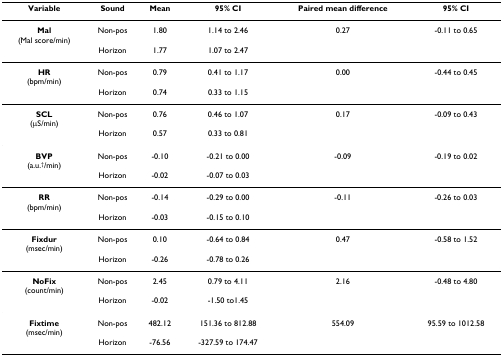
<table><thead><tr><td><b>Variable</b></td><td><b>Sound</b></td><td><b>Mean</b></td><td><b>95% CI</b></td><td><b>Paired mean difference</b></td><td><b>95% CI</b></td></tr></thead><tbody><tr><td><b>Mal</b>(Mal score/min)</td><td>Non-pos</td><td>1.80</td><td>1.14 to 2.46</td><td>0.27</td><td>-0.11 to 0.65</td></tr><tr><td></td><td>Horizon</td><td>1.77</td><td>1.07 to 2.47</td><td></td><td></td></tr><tr><td><b>HR</b>(bpm/min)</td><td>Non-pos</td><td>0.79</td><td>0.41 to 1.17</td><td>0.00</td><td>-0.44 to 0.45</td></tr><tr><td></td><td>Horizon</td><td>0.74</td><td>0.33 to 1.15</td><td></td><td></td></tr><tr><td><b>SCL</b>(μS/min)</td><td>Non-pos</td><td>0.76</td><td>0.46 to 1.07</td><td>0.17</td><td>-0.09 to 0.43</td></tr><tr><td></td><td>Horizon</td><td>0.57</td><td>0.33 to 0.81</td><td></td><td></td></tr><tr><td><b>BVP</b>(a.u.<sup>†</sup>/min)</td><td>Non-pos</td><td>-0.10</td><td>-0.21 to 0.00</td><td>-0.09</td><td>-0.19 to 0.02</td></tr><tr><td></td><td>Horizon</td><td>-0.02</td><td>-0.07 to 0.03</td><td></td><td></td></tr><tr><td><b>RR</b>(bpm/min)</td><td>Non-pos</td><td>-0.14</td><td>-0.29 to 0.00</td><td>-0.11</td><td>-0.26 to 0.03</td></tr><tr><td></td><td>Horizon</td><td>-0.03</td><td>-0.15 to 0.10</td><td></td><td></td></tr><tr><td><b>Fixdur</b>(msec/min)</td><td>Non-pos</td><td>0.10</td><td>-0.64 to 0.84</td><td>0.47</td><td>-0.58 to 1.52</td></tr><tr><td></td><td>Horizon</td><td>-0.26</td><td>-0.78 to 0.26</td><td></td><td></td></tr><tr><td><b>NoFix</b>(count/min)</td><td>Non-pos</td><td>2.45</td><td>0.79 to 4.11</td><td>2.16</td><td>-0.48 to 4.80</td></tr><tr><td></td><td>Horizon</td><td>-0.02</td><td>-1.50 to1.45</td><td></td><td></td></tr><tr><td><b>Fixtime</b>(msec/min)</td><td>Non-pos</td><td>482.12</td><td>151.36 to 812.88</td><td>554.09</td><td>95.59 to 1012.58</td></tr><tr><td></td><td>Horizon</td><td>-76.56</td><td>-327.59 to 174.47</td><td></td><td></td></tr></tbody></table>